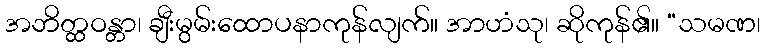
အဘိတ္ထဝန္တာ၊ ချီးမွမ်းထောပနာကုန်လျက်။ အာဟံသု၊ ဆိုကုန်၏။ “သမဏ၊